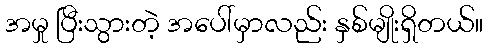
အမှု ပြီးသွားတဲ့ အပေါ်မှာလည်း နှစ်မျိုးရှိတယ်။